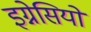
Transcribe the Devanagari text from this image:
इग्नेसियो